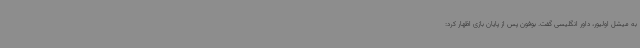
به میشل اولیور، داور انگلیسی گفت. بوفون پس از پایان بازی اظهار کرد: